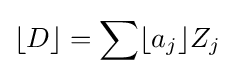
\lfloor D\rfloor =\sum \lfloor a_{j}\rfloor Z_{j}